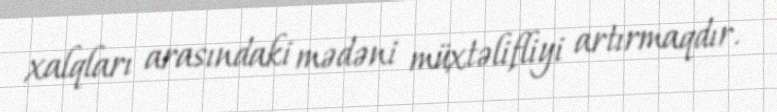
xalqları arasındaki mədəni müxtəlifliyi artırmaqdır.